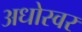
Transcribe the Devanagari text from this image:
अधोस्वर